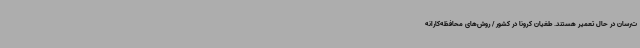
ت‌رسان در حال تعمیر هستند. طغیان کرونا در کشور / روش‌های محافظه‌کارانه